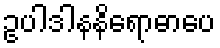
ဥပါဒါနနိရောဓာပေ